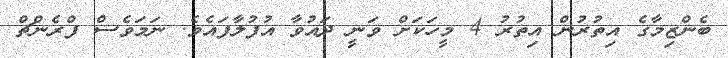
ބެންޒިމާގެ އިތުރުން އިތުރު 4 މީހަކަށް ވަނީ ދައުވާ އުފުލާފައެވެ. ނަމަވެސް ފްރެންޗް